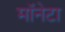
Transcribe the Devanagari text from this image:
मॉनेटा